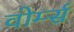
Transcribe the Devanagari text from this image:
वोर्म्स